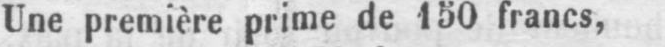
Une première prime de 150 francs,